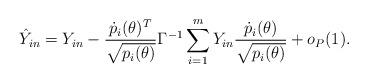
LaTeX: \begin{align*} \hat Y_{in} = Y_{in} - \frac{\dot p_i(\theta)^T}{\sqrt{p_i(\theta)}}\Gamma^{-1} \sum_{i=1}^mY_{in} \frac{\dot p_i(\theta)}{\sqrt{p_i(\theta)}} + o_P(1).\end{align*}